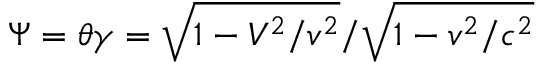
\Psi = \theta \gamma = \sqrt { 1 - V ^ { 2 } / v ^ { 2 } } / \sqrt { 1 - v ^ { 2 } / c ^ { 2 } }